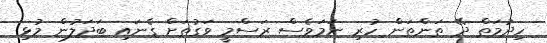
ހިދުމަތް ދޭ ތަންތަން ހުރި ނަމަވެސް ރަސްމީ ވަގުތަށް ގެނައި ބަަދަލުން މުޅި